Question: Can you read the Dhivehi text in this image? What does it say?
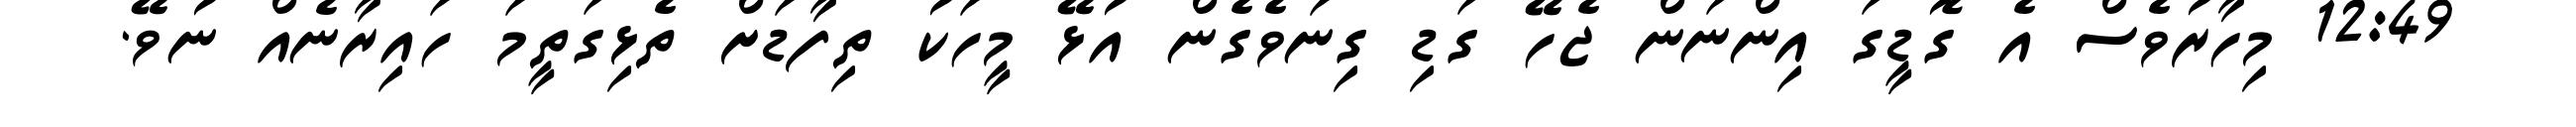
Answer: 12:49 މިހާރުވެސް އެ ގޮޑީގަ އިންނަން ޖެހޭ ގަޑި ގިނަވެގެން އުޅޭ މީހަކު ތިފާޑަށް ތެޅިގަތީމަ ހައިރާނެއް ނުވޭ.